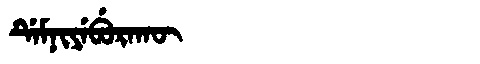
Manchu: ᡩᡝᠮᠨᡳᠶᡝᠪᡠᡵᠠᡴᡡ
Romanization: DEMNIYEBURAKŪ